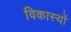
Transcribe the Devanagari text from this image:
विकास्यों